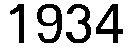
1934